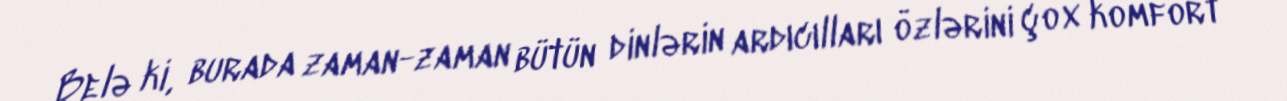
Belə ki, burada zaman-zaman bütün dinlərin ardıcılları özlərini çox komfort